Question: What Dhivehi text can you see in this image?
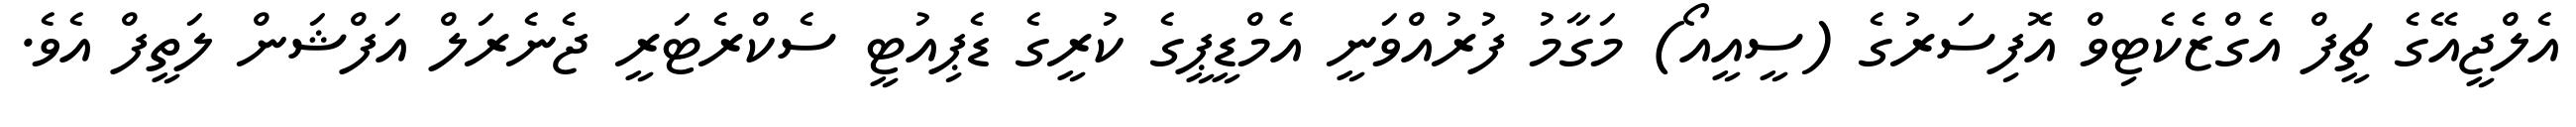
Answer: އެލްޖީއޭގެ ޗީފް އެގްޒެކެޓިވް އޮފިސަރުގެ (ސީއީއޯ) މަގާމު ފުރުއްވަނީ އެމްޑީޕީގެ ކުރީގެ ޑެޕިއުޓީ ސެކްރެޓަރީ ޖެނެރަލް އަފްޝަން ލަތީފް އެވެ.